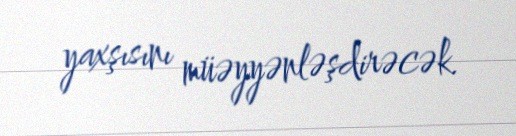
yaxşısını müəyyənləşdirəcək.